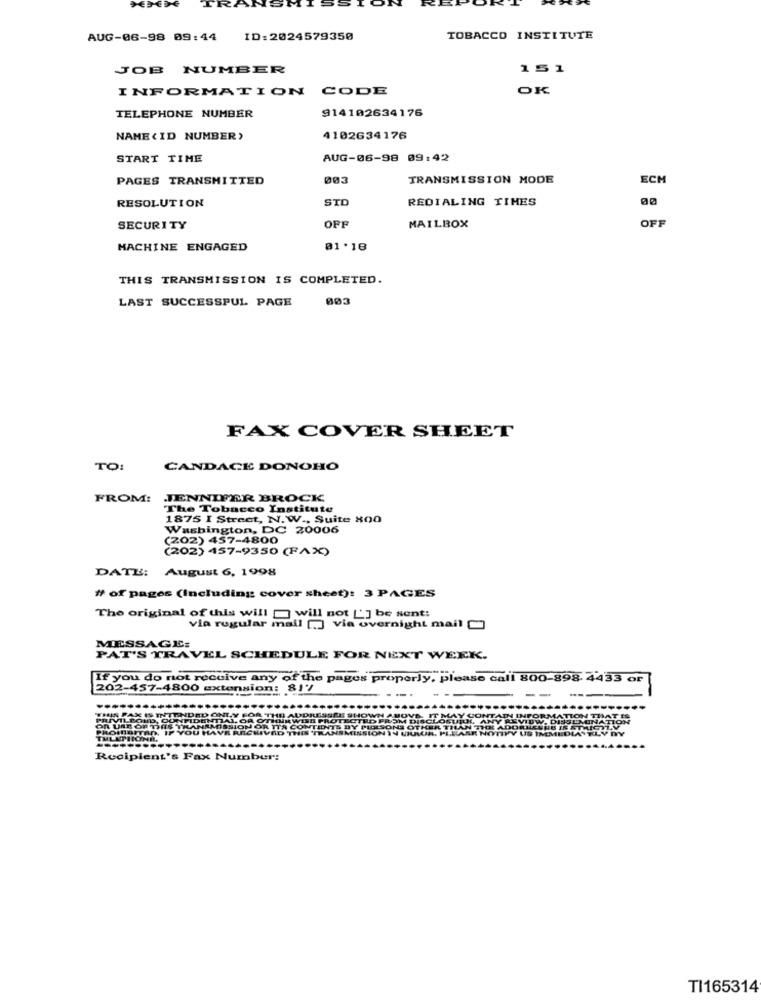
AUG-06-98 09:44
ID:2024579350
TOBACCO INSTITUTE
JOB NUMBER
151
INFORMATION CODE
OK
914102634176
TELEPHONE NUMBER
NAME (ID NUMBER>
4102634176
START TIME
AUG-06-98 09:42
PAGES TRANSMITTED
003
TRANSMISSION MODE
ECH
STD
REDIALING TIMES
RESOLUTION
OFF
SECURITY
MAILBOX
OFF
MACHINE ENGAGED
01.18
THIS TRANSMISSION IS COMPLETED.
LAST SUCCESSPUL PAGE
003
FAX COVER SHEET
TO:
CANDACE DONOHO
FROM:
JENNIFER BROCK
The Tobacco Institute
1875 I Street, N.W ., Suite 800
Washington, DC 20006
(202) 457-4800
(202) 457-9350 (FAX)
DATE: August 6, 1998
# of pages (Including cover sheet): 3 PAGES
The original of this will = will not ['] be sent:
via regular mail [.] via overnight mail []
MESSAGE:
PAT'S TRAVEL SCHEDULE FOR NEXT WEEK.
If you do not receive any of the pages properly, please call 800-898. 4433 or
202-457-4800 extension: 81y
-.
--
---
THIS PAK SINT
ENDIDO
..
BOND, OON
DEMI
MAY CONTAIN INFORMATION
L ANY REVIL
OR USE OF DIAS TRANEM
PROIBITAD, IF YOU HA
AR NOTIFY US INEMEDIAN
Recipient's Fax Number:
TI165314